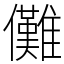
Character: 儺